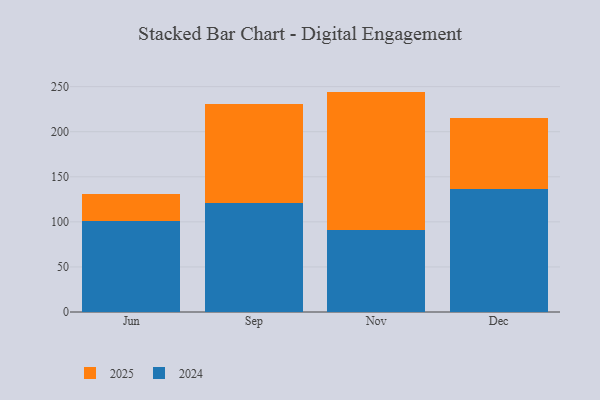
{"axis": {"x": "Month", "y": "Operating Costs (USD K)"}, "legend": ["2024", "2025"], "data": [{"x": "Jun", "y": 29.5, "type": "2025"}, {"x": "Jun", "y": 101.1, "type": "2024"}, {"x": "Sep", "y": 109.5, "type": "2025"}, {"x": "Sep", "y": 121.4, "type": "2024"}, {"x": "Nov", "y": 153.8, "type": "2025"}, {"x": "Nov", "y": 90.7, "type": "2024"}, {"x": "Dec", "y": 77.8, "type": "2025"}, {"x": "Dec", "y": 137.0, "type": "2024"}]}